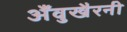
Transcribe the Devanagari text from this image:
अँवुखैरनी